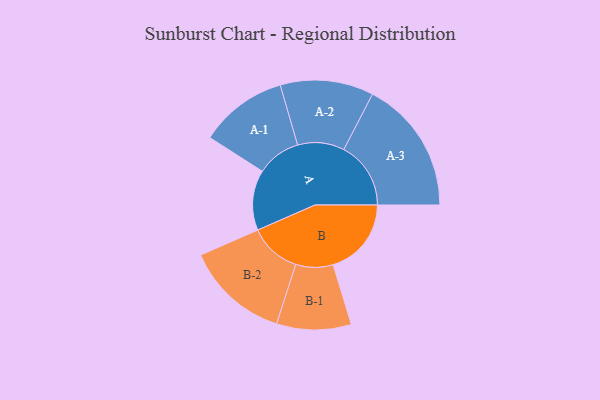
{"axis": {"x": "Segment", "y": "Value"}, "legend": ["", "A", "B"], "data": [{"x": "A", "y": 231, "type": ""}, {"x": "B", "y": 300, "type": ""}, {"x": "A-1", "y": 169, "type": "A"}, {"x": "A-2", "y": 179, "type": "A"}, {"x": "A-3", "y": 257, "type": "A"}, {"x": "B-1", "y": 143, "type": "B"}, {"x": "B-2", "y": 199, "type": "B"}]}